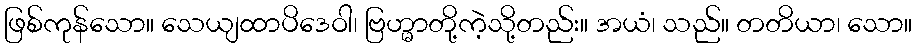
ဖြစ်ကုန်သော။ သေယျထာပိဒေဝါ၊ ဗြဟ္မာတို့ကဲ့သို့တည်း။ အယံ၊ သည်။ တတိယာ၊ သော။